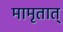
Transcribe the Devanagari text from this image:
मामृतात्‌